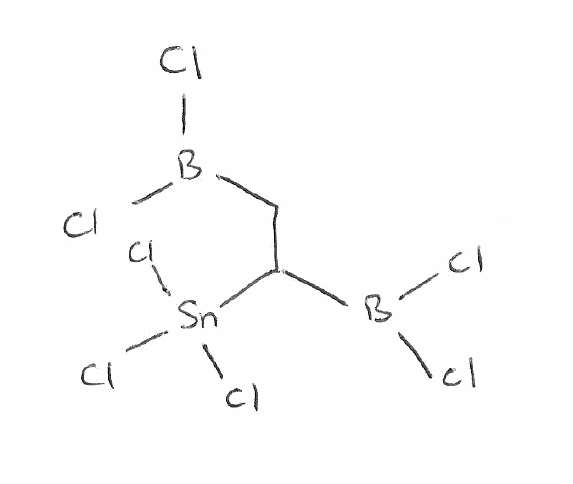
Simplified molecular-input line-entry system (SMILES) notation of the given molecule:
B(CC(B(Cl)Cl)[Sn](Cl)(Cl)Cl)(Cl)Cl